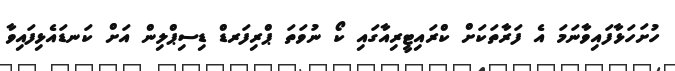
ހުށަހަޅާފައިވާނަމަ އެ ފަރާތަކަށް ކްރައިޓީރިއާގައި ކޯ ނުވަތަ ޕްރިފަރޑް ޑިސިޕްލިން އަށް ކަނޑައެޅިފައިވާ